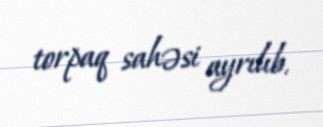
torpaq sahəsi ayrılıb.